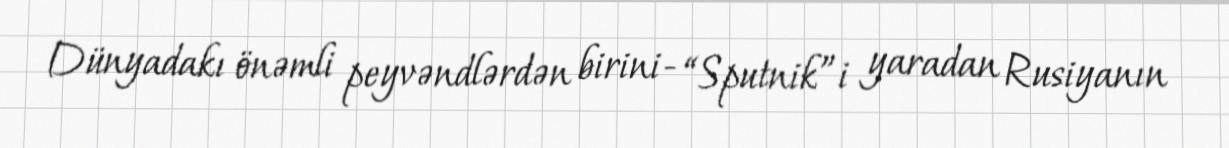
Dünyadakı önəmli peyvəndlərdən birini- “Sputnik”i yaradan Rusiyanın